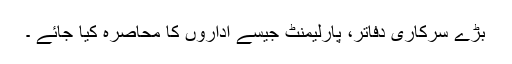
بڑے سرکاری دفاتر، پارلیمنٹ جیسے اداروں کا محاصرہ کیا جائے ۔